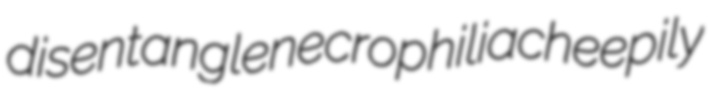
disentangle necrophilia cheepily